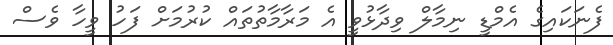
ފެނަކައިގެ އެމްޑީ ނިމާލް ވިދާޅުވީ އެ މަރާމާތުތައް ކުރުމަށް ފަހު ވީހާ ވެސް